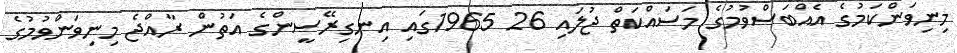
މިނިވަންކަމުގެ އެއްބަސްވުމުގެ މަސައްކަތް ޖުލައި 26 1965ގައި އިނގިރޭސީންގެ އަތުން ރާއްޖެ މިނިވަންވުމުގެ